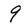
Character: 9